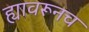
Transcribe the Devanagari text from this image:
ह्यावरूनच